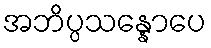
အဘိပ္ပသန္နောပေ